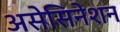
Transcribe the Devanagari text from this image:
असेसिनेशन